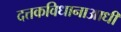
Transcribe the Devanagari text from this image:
दत्तकविधानाआधी